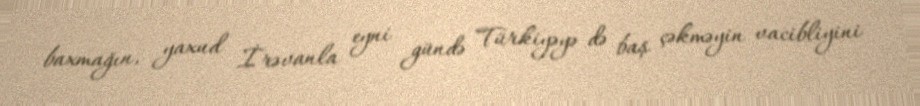
baxmağın, yaxud İrəvanla eyni gündə Türkiyəyə də baş çəkməyin vacibliyini